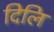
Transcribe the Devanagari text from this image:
दिलि